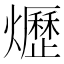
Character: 爏